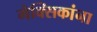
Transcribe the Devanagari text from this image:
मेक्सिकांना